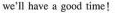
we'll have a good time!